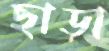
ছাড়া